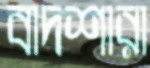
বাদশারা